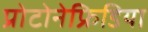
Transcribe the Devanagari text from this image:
प्रोटोनेफ्रिडिया